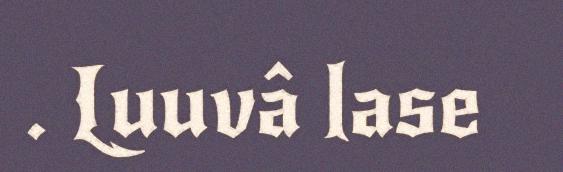
. Luuvâ lase